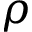
\rho